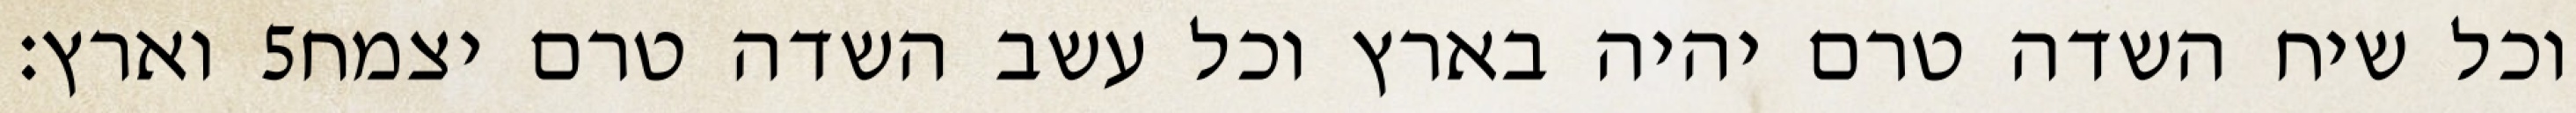
וארץ׃ ‎5‏ וכל שיח השדה טרם יהיה בארץ וכל עשב השדה טרם יצמח